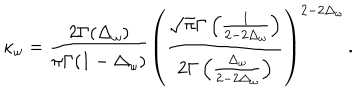
LaTeX: \kappa _ { \omega } = \frac { 2 \Gamma ( \Delta _ { \omega } ) } { \pi \Gamma ( 1 - \Delta _ { \omega } ) } \left( \frac { \sqrt { \pi } \Gamma \left( \frac { 1 } { 2 - 2 \Delta _ { \omega } } \right) } { 2 \Gamma \left( \frac { \Delta _ { \omega } } { 2 - 2 \Delta _ { \omega } } \right) } \right) ^ { 2 - 2 \Delta _ { \omega } } \, .